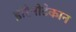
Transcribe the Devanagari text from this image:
इरिनोटेकान